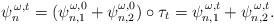
LaTeX: \begin{align*} \psi_n^{\,\omega,t}=(\psi_{n,1}^{\omega,0}+\psi_{n,2}^{\omega,0})\circ\tau_t=\psi_{n,1}^{\,\omega,t}+\psi_{n,2}^{\,\omega,t}. \end{align*}